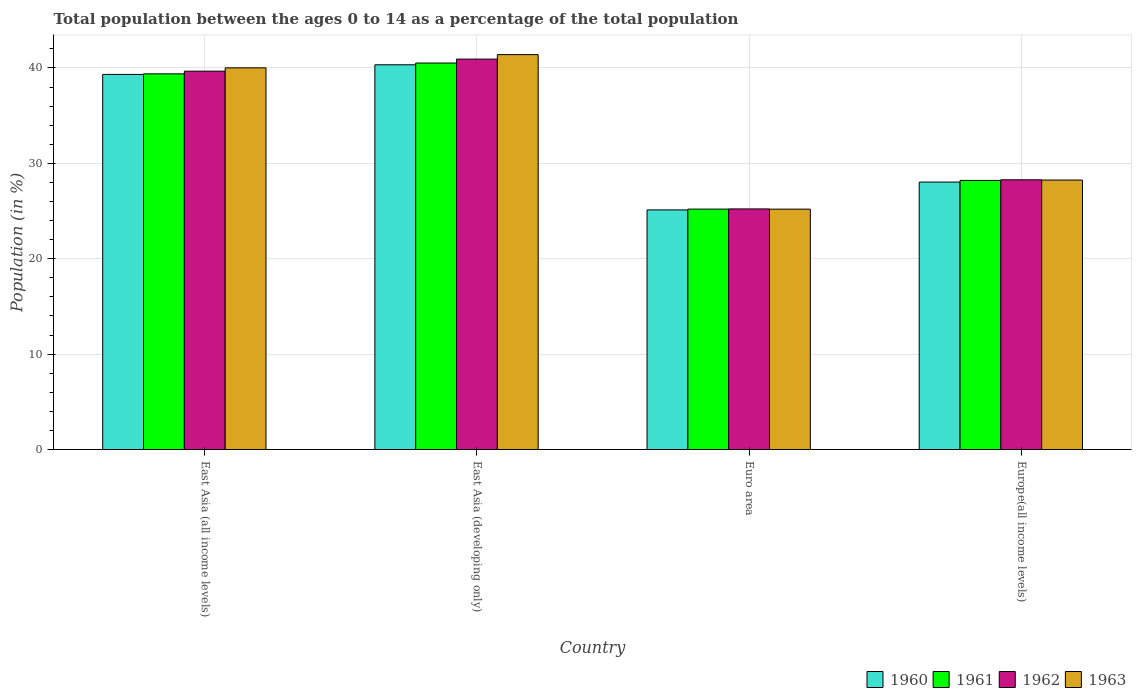
| Country | 1960 | 1961 | 1962 | 1963 |
 | --- | --- | --- | --- | --- |
 | East Asia (all income levels) | 39.3 | 39.4 | 39.7 | 40 |
 | East Asia (developing only) | 40.3 | 40.5 | 40.9 | 41.4 |
 | Euro area | 25.1 | 25.2 | 25.2 | 25.2 |
 | Europe(all income levels) | 28 | 28.2 | 28.3 | 28.2 |